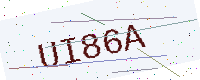
Text: UI86A